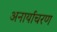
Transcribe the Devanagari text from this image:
अनार्याचरण